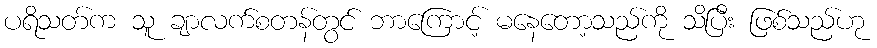
ပရိသတ်က သူ ချာလက်စတန်တွင် ဘာကြောင့် မနေတော့သည်ကို သိပြီး ဖြစ်သည်ဟု